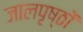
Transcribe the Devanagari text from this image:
जालपृष्ठों